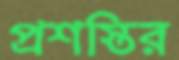
প্রশস্তির